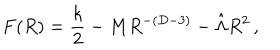
LaTeX: F ( R ) = { \frac { k } { 2 } } - M R ^ { - ( D - 3 ) } - \hat { \Lambda } R ^ { 2 } \, ,